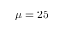
\protect \mu = 2 5